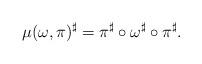
LaTeX: \begin{align*} \mu(\omega, \pi)^{\sharp}= \pi^{\sharp} \circ \omega^{\sharp} \circ \pi^{\sharp}.\end{align*}